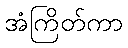
အံကြိတ်ကာ